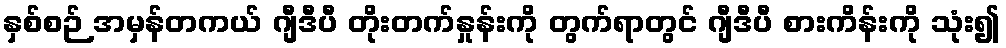
နှစ်စဉ် အမှန်တကယ် ဂျီဒီပီ တိုးတက်နှုန်းကို တွက်ရာတွင် ဂျီဒီပီ စားကိန်းကို သုံး၍